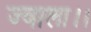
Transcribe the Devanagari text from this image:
ज्वाला।।